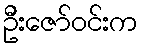
ဦးဇော်ဝင်းက